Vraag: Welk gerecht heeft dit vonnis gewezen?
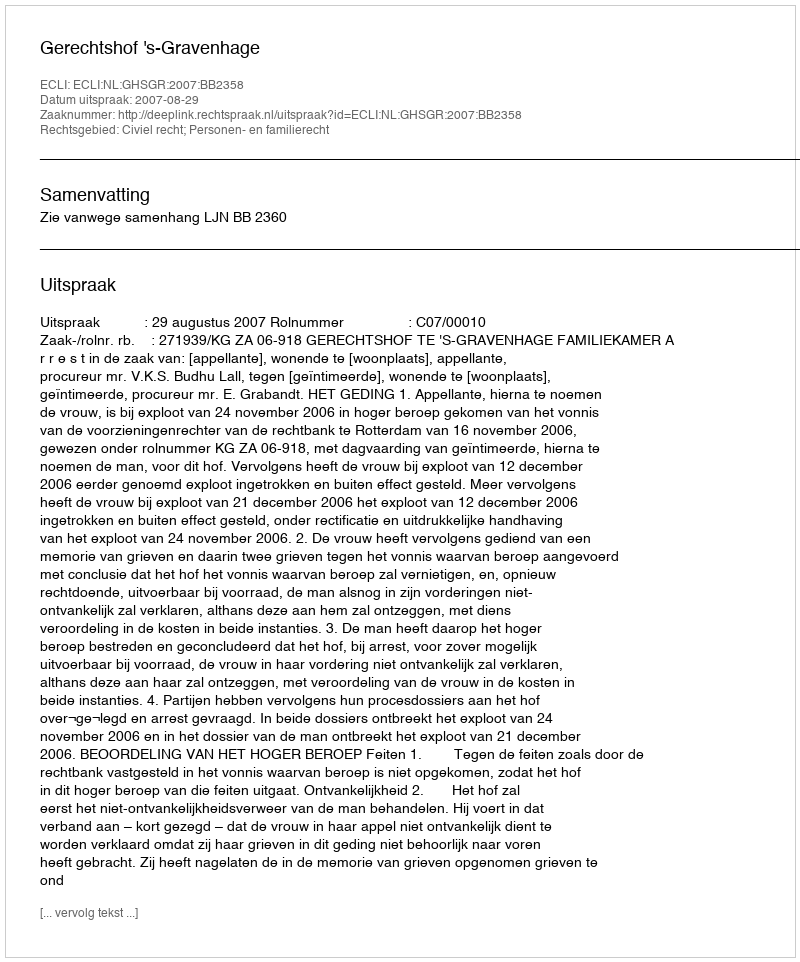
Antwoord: Gerechtshof 's-Gravenhage